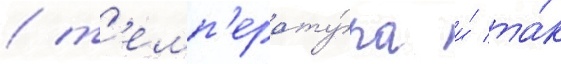
/ т'емп'ерату́ра и́ та́к